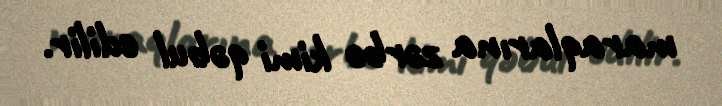
maraqlarına zərbə kimi qəbul edilir.